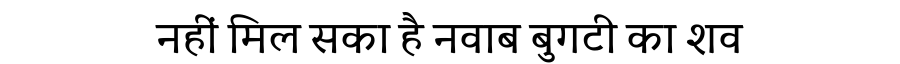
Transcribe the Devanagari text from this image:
नहीं मिल सका है नवाब बुगटी का शव